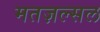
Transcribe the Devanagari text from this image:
मतज़ल्सल